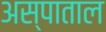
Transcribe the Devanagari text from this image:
अस्पाताल